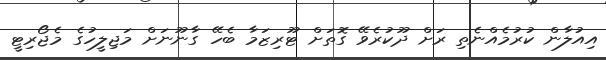
އިއުލާން ކުރުމެއްނެތި ރަށް ދޫކުރެވޭ ގޮތަށް ޓޫރިޒަމާ ބެހޭ ގާނޫނަށް މަޖިލީހުގެ މެޖޯރިޓީ